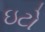
ઇટો